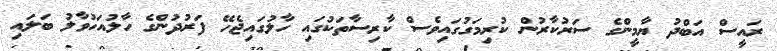
ރައީސް އަބްދު ޔާމީންގެ ސަރުކާރުން ކުރިމަގުގައިވެސް ކާރިސާތަކުގައި ހާލުގައިޖެހޭ ފަރުދުންގެ ހާލުއަހުވާލު ބަލައި